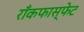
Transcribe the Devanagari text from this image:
राँकफास्फेट